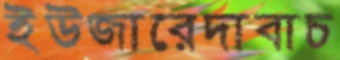
ইউজারেদাবাচ